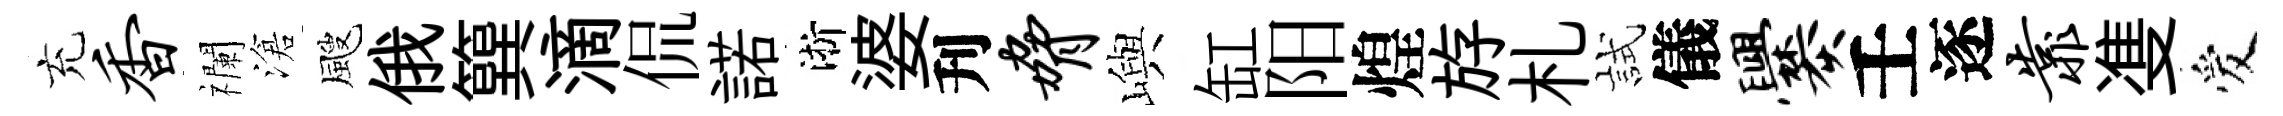
充香襴滄颼俄簨滴侃諾淅婆刋胁嶼缸阳煌斿札試儀爨壬逐靠㕠爱